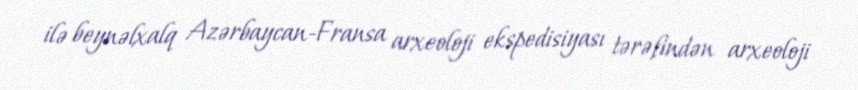
ilə beynəlxalq Azərbaycan-Fransa arxeoloji ekspedisiyası tərəfindən arxeoloji